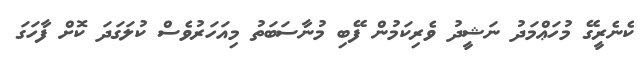
ކެނެރީގޭ މުހަޢްމަދު ނަޝީދު ވެރިކަމުން ފޭބި މުނާސަބަތު މިއަހަރުވެސް ކުލަގަދަ ކޮށް ފާހަގަ